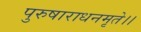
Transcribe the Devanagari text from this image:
पुरुषाराधनमृते।।